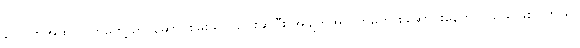
လောက်အထိ လက်တွေ့ တင်ဆောင်စမ်းသပ် ပြေးဆွဲပြီး အချက်အလက်တွေ စုဆောင်းနေတာလည်း ဖြစ်ပါတယ်။